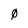
Character: 0